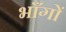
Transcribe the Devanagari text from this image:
भाँगों